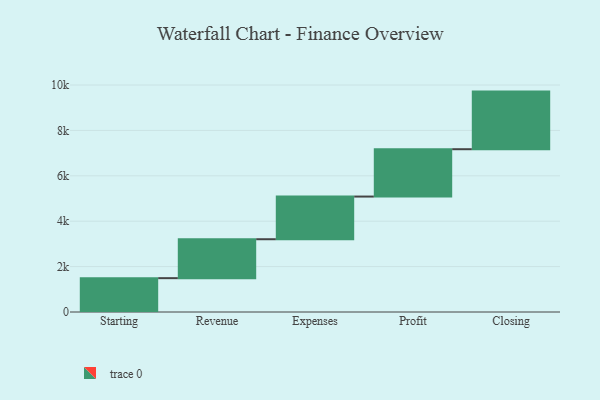
{"axis": {"x": "Step", "y": "Value"}, "legend": [""], "data": [{"x": "Starting", "y": 1491.0, "type": ""}, {"x": "Revenue", "y": 1715.0, "type": ""}, {"x": "Expenses", "y": 1880.0, "type": ""}, {"x": "Profit", "y": 2086.0, "type": ""}, {"x": "Closing", "y": 2538.0, "type": ""}]}